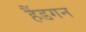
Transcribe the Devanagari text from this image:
हैंडगन